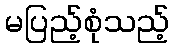
မပြည့်စုံသည့်